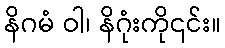
နိဂမံ ဝါ၊ နိဂုံးကို၎င်း။